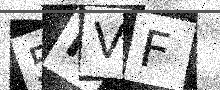
Text: 5RVF